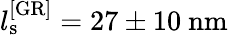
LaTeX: l_{\mathrm{s}}^{\mathrm{[GR]}}=27\pm 10\ \mathrm{nm}